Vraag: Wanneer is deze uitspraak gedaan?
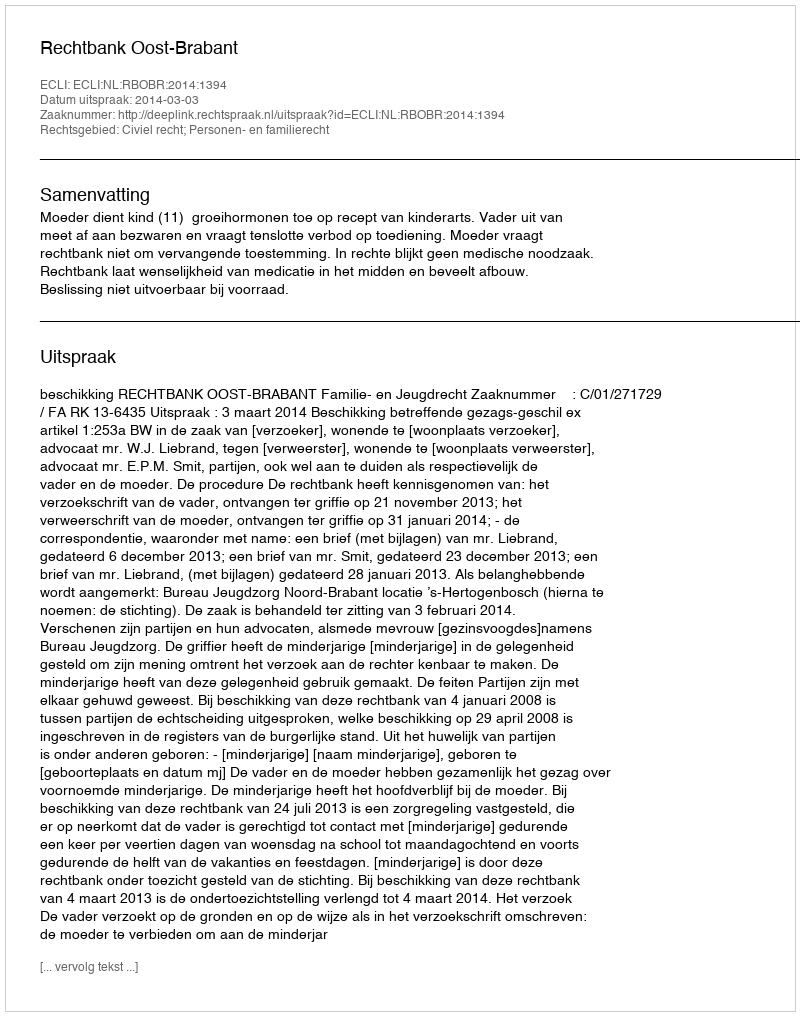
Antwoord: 2014-03-03